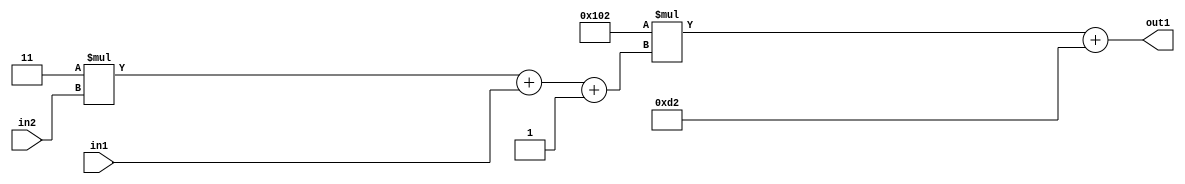
`timescale 1ps / 1ps
/*****************************************************************************
    Verilog RTL Description
    
    
    Created by: Stratus DpOpt 2019.1.01 
*******************************************************************************/

module DC_Filter_Add2i210Mul2i258Add3i1u1Mul2i3u2_1 (
	in2,
	in1,
	out1
	); /* architecture "behavioural" */ 
input [1:0] in2;
input  in1;
output [11:0] out1;
wire [11:0] asc001;
wire [3:0] asc002;

wire [3:0] asc002_tmp_0;
wire [3:0] asc002_tmp_1;
assign asc002_tmp_1 = 
	+(4'B0011 * in2);
assign asc002_tmp_0 = asc002_tmp_1
	+(in1);
assign asc002 = asc002_tmp_0
	+(4'B0001);

wire [11:0] asc001_tmp_2;
assign asc001_tmp_2 = 
	+(12'B000100000010 * asc002);
assign asc001 = asc001_tmp_2
	+(12'B000011010010);

assign out1 = asc001;
endmodule

/* CADENCE  vrP5TA0= : u9/ySgnWtBlWxVPRXgAZ4Og= ** DO NOT EDIT THIS LINE ******/